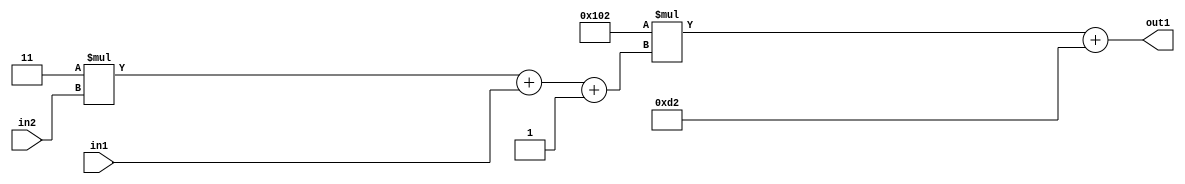
`timescale 1ps / 1ps
/*****************************************************************************
    Verilog RTL Description
    
    
    Created by: Stratus DpOpt 2019.1.01 
*******************************************************************************/

module DC_Filter_Add2i210Mul2i258Add3i1u1Mul2i3u2_1 (
	in2,
	in1,
	out1
	); /* architecture "behavioural" */ 
input [1:0] in2;
input  in1;
output [11:0] out1;
wire [11:0] asc001;
wire [3:0] asc002;

wire [3:0] asc002_tmp_0;
wire [3:0] asc002_tmp_1;
assign asc002_tmp_1 = 
	+(4'B0011 * in2);
assign asc002_tmp_0 = asc002_tmp_1
	+(in1);
assign asc002 = asc002_tmp_0
	+(4'B0001);

wire [11:0] asc001_tmp_2;
assign asc001_tmp_2 = 
	+(12'B000100000010 * asc002);
assign asc001 = asc001_tmp_2
	+(12'B000011010010);

assign out1 = asc001;
endmodule

/* CADENCE  vrP5TA0= : u9/ySgnWtBlWxVPRXgAZ4Og= ** DO NOT EDIT THIS LINE ******/